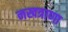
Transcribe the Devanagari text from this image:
नखत्राणा